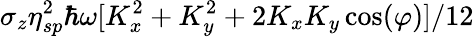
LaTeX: \sigma_{z}\eta_{sp}^{2}\hbar\omega[K_{x}^{2}+K_{y}^{2}+2K_{x}K_{y}\cos(\varphi)]/12